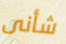
شأنى